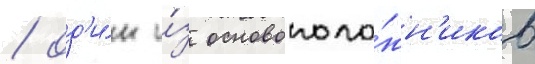
/ од'и́н и́з основополо́жн'иков